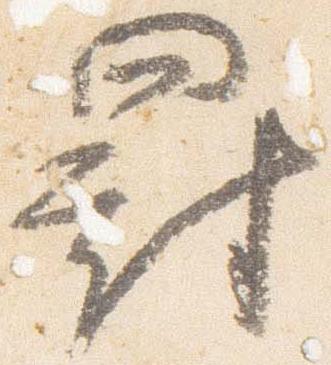
罰